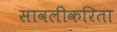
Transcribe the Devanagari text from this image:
सावलीकरिता